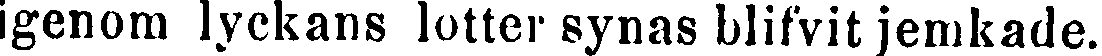
igenom lyckans lotter synas blifvit jemkade.